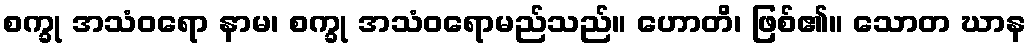
စက္ခု အသံဝရော နာမ၊ စက္ခု အသံဝရောမည်သည်။ ဟောတိ၊ ဖြစ်၏။ သောတ ဃာန